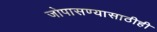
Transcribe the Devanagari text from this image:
जोपासण्यासाठीही